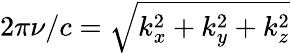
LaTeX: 2\pi\nu/c=\sqrt{k_{x}^{2}+k_{y}^{2}+k_{z}^{2}}